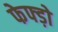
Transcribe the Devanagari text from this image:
फेफ्ड़ो